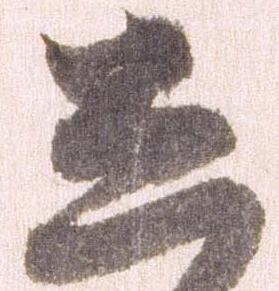
し